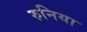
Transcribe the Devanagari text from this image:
रुनिया